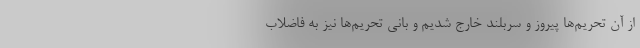
از آن تحریم‌ها پیروز و سربلند خارج شدیم و بانی تحریم‌ها نیز به فاضلاب